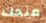
منحك